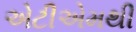
એટીએમથી